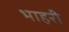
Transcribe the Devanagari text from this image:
भाहरी